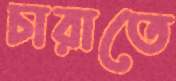
চারাতে